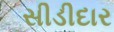
સીડીદાર